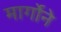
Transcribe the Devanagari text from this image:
मार्गोने